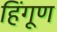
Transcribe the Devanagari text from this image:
हिंगूण